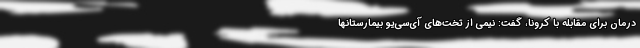
درمان برای مقابله با کرونا، گفت: نیمی از تخت‌های آی‌سی‌یو بیمارستانها